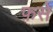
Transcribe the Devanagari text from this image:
फ़से